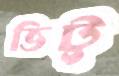
ভিটু